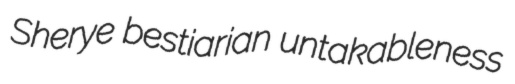
Sherye bestiarian untakableness